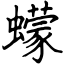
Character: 蠓